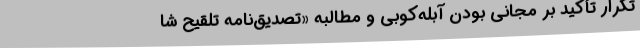
تکرار تأکید بر مجانی بودن آبله‌کوبی و مطالبه «تصدیق‌نامه تلقیح شا